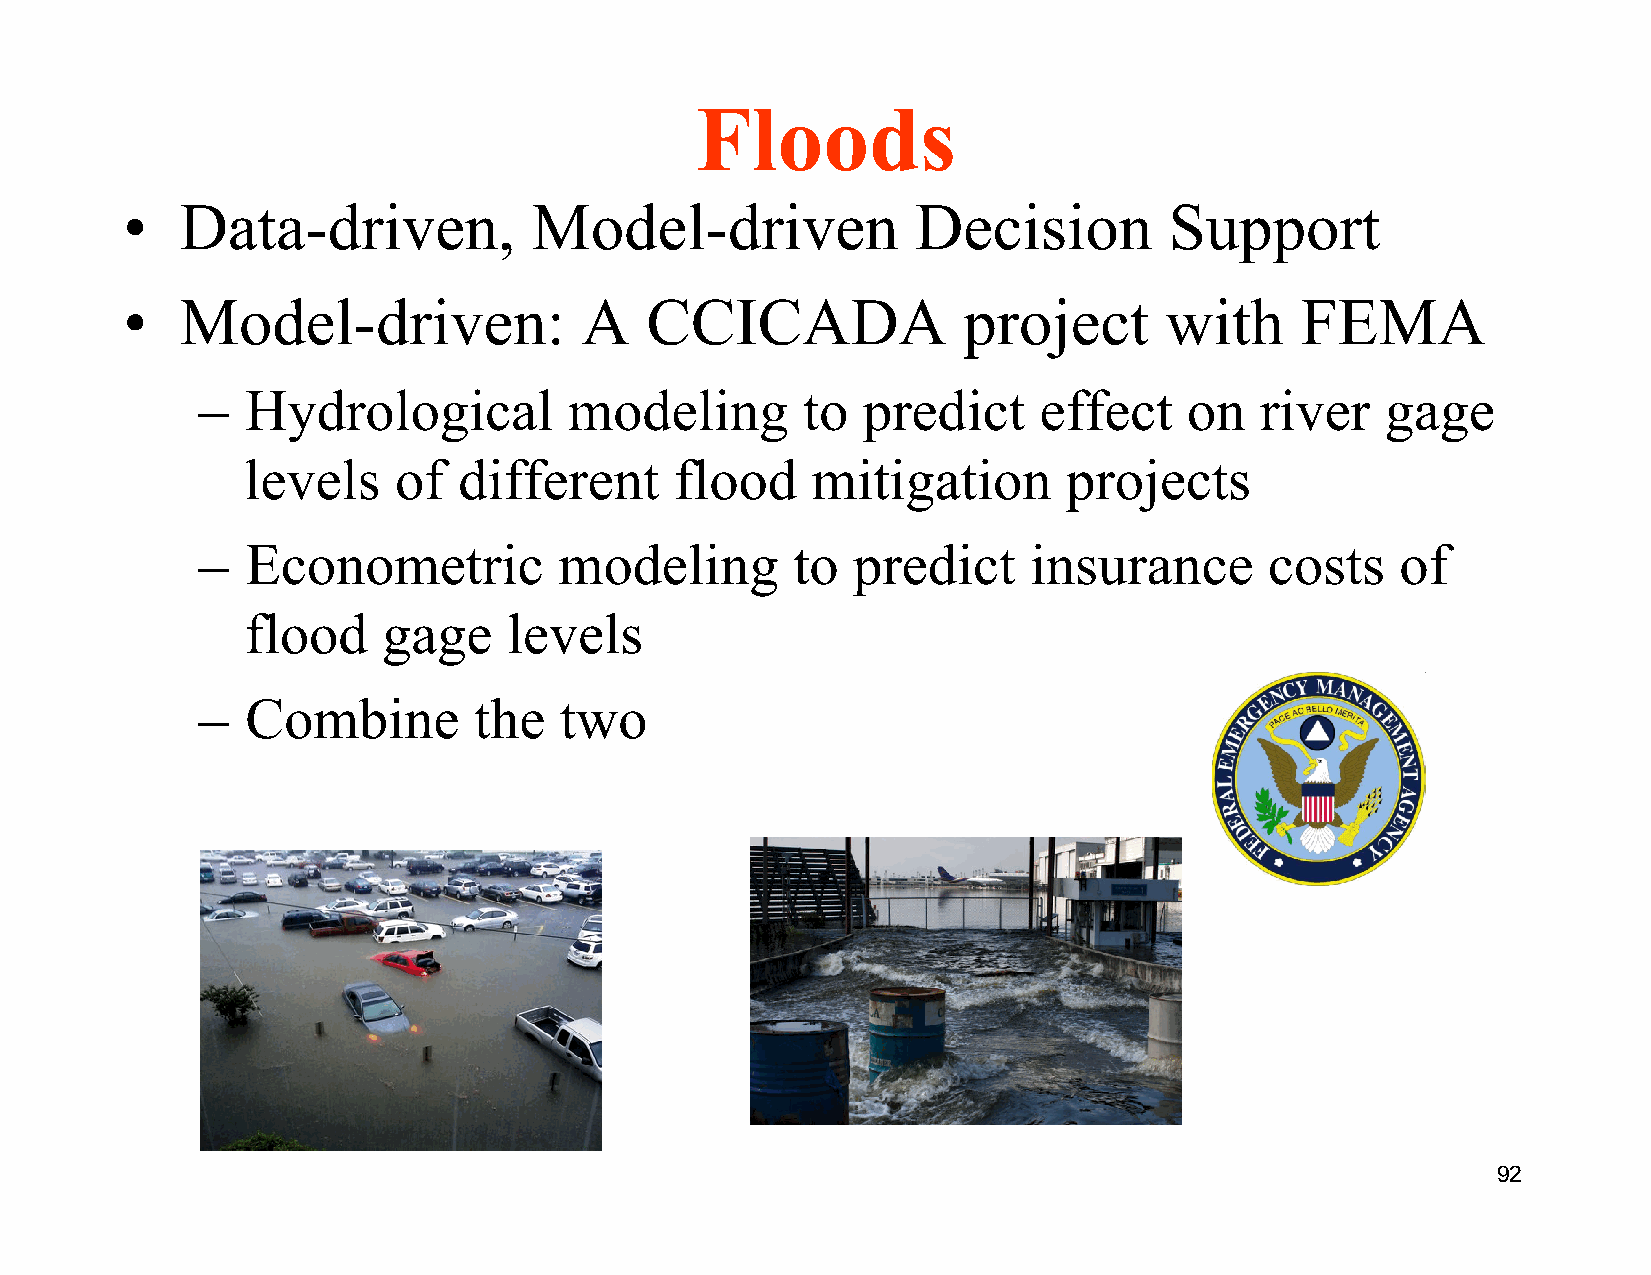
Floods
 •   Data-driven,           Model-driven              Decision        Support
 •   Model-driven:             A    CCICADA              project      with     FEMA
 –  Hydrological          modeling       to  predict     effect    on  river    gage
 levels    of  different      flood    mitigation       projects
 –  Econometric          modeling       to  predict     insurance       costs    of
 flood    gage     levels
 –  Combine        the   two
 August 2012 92